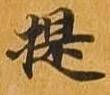
提